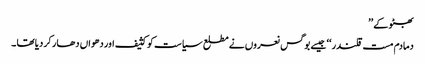
بھٹو کے ’’
دمادم مست قلندر ‘‘ جیسے بوگس نعروں نے مطلع سیاست کو کثیف اور دھواں دھار کر دیا تھا ۔